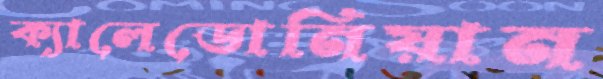
ক্যালেডোনিয়ান